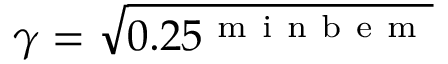
\gamma = \sqrt { 0 . 2 5 ^ { \mathrm { ~ m ~ i ~ n ~ b ~ e ~ m ~ } } }